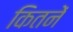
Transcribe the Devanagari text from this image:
कितनें